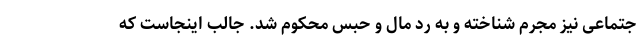
جتماعی نیز مجرم شناخته و به رد مال و حبس محکوم شد. جالب اینجاست که